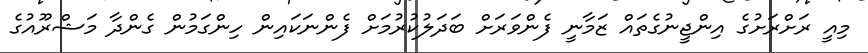
މިއީ ރަށްރަށުގެ އިންޖީނުގެތައް ޒަމާނީ ފެންވަރަށް ބަދަލުކުރުމަށް ފެންނަކައިން ހިންގަމުން ގެންދާ މަޝްރޫއުގެ